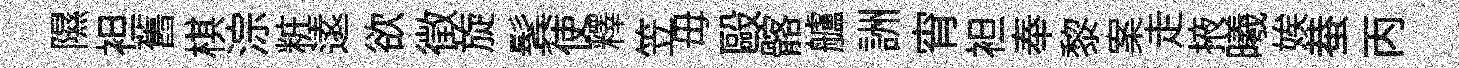
隰袒舊棋淙粧逺欲徵旋鬂使釋笠毋毆髂艫詶宵袒奉黎案走掖曦娭蛬丙